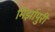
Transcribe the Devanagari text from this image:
मिर्झापुरी